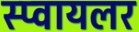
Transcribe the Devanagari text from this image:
स्प्वायलर